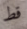
قط